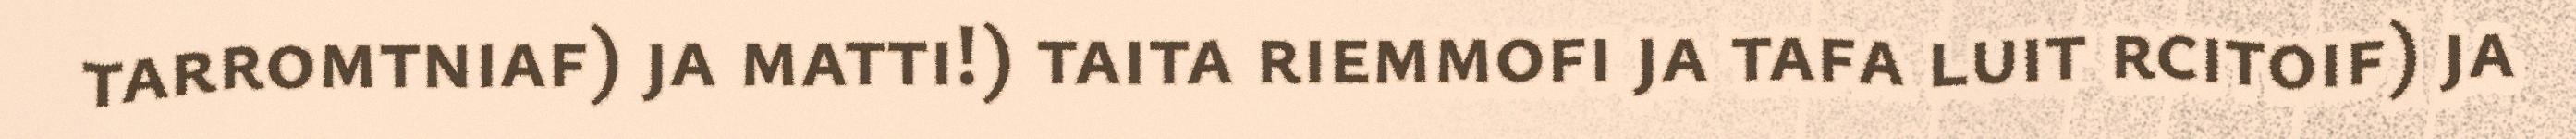
tarromtniaf) ja matti!) taita riemmofi ja tafa luit rcitoif) ja